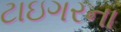
ટાઇગરના